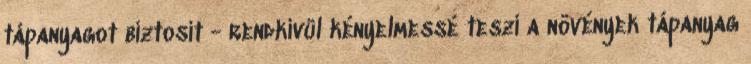
tápanyagot biztosít - rendkívül kényelmessé teszi a növények tápanyag